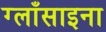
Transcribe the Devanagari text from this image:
ग्लाँसाइना